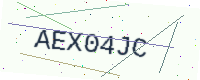
Text: AEX04JC